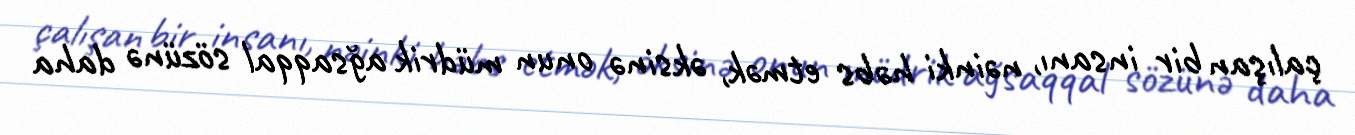
çalışan bir insanı, nəinki həbs etmək, əksinə onun müdrik ağsaqqal sözünə daha